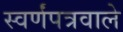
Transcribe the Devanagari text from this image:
स्वर्णंपत्रवाले